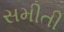
સમીતી